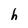
Character: h